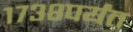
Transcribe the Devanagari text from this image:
१७३८पर्यंत